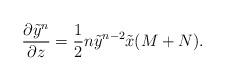
LaTeX: \begin{align*}{\partial\tilde y^{n}\over\partial z}={1\over 2}n\tilde y^{n-2}\tilde x (M+N).\end{align*}